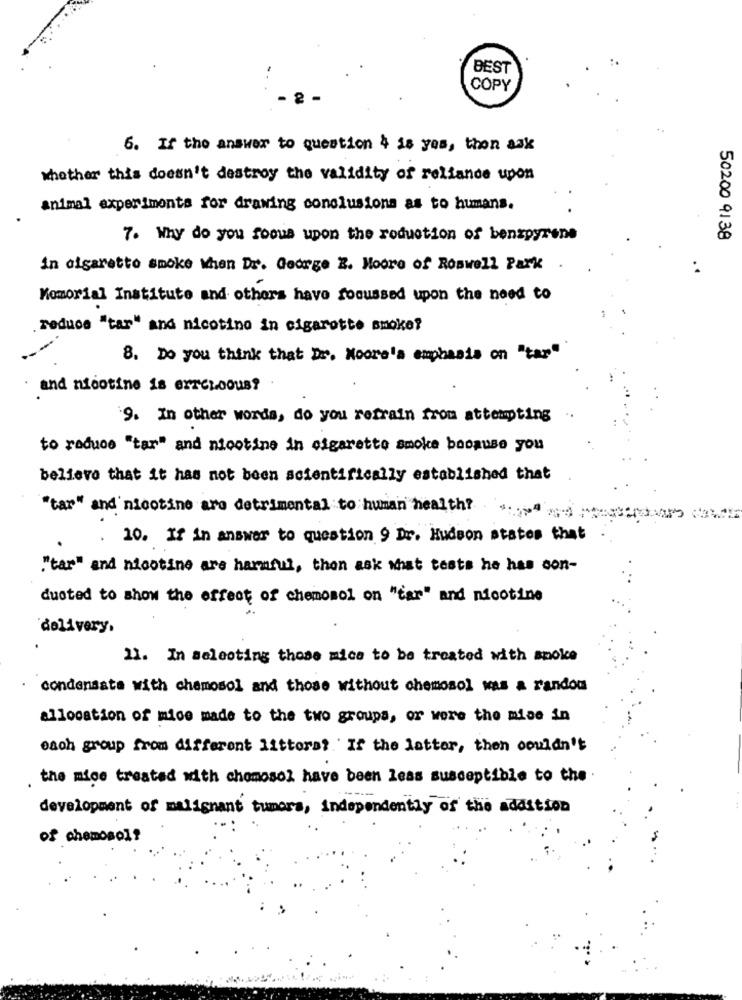
BEST
COPY
6. If the answer to question 4 is yes, thon ask
whether this doesn't destroy the validity of reliance upon
animal experiments for drawing conclusions as to humans.
7. Why do you focus upon the reduction of benzpyrene
50200 9138
in cigaretto smoke When Dr. George E. Moore of Roswell Park
Memorial Institute and others have focussed upon the need to
reduce "tar" and nicotine in cigarette smoke?
8. Do you think that Dr. Moore's emphasis on "tar"
and nicotine is erreroous?
9. In other words, do you refrain from attempting
to reduce "tar" and nicotine in cigarette smoke because you
believe that it has not been scientifically established that
"tar" and nicotine are detrimental to human health?
.
10. If in answer to question 9 Dr. Hudson states that
"tar" and nicotine are harmful, then ask that tests he has con-
dusted to show the effect of chemosol on "tar" and nicotine
delivery,
11. In selecting those mice to be treated with smoke
condensate with chamosol and those without chemosol was a random
allocation of mice made to the two groups, or were the mise in
each group from different litters? If the latter, then couldn't
the mice treated with chomosol have been leas susceptible to the
development of malignant tumors, independently of the addition
of chemosol?